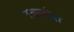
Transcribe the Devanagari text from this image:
स्क्लीरा